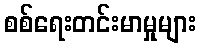
စစ်ရေးတင်းမာမှုများ